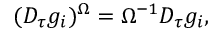
( D _ { \tau } g _ { i } ) ^ { \Omega } = \Omega ^ { - 1 } D _ { \tau } g _ { i } ,